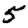
Digit: 5